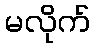
မလိုက်